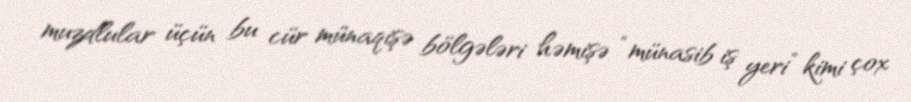
muzdlular üçün bu cür münaqişə bölgələri həmişə “münasib iş yeri” kimi çox